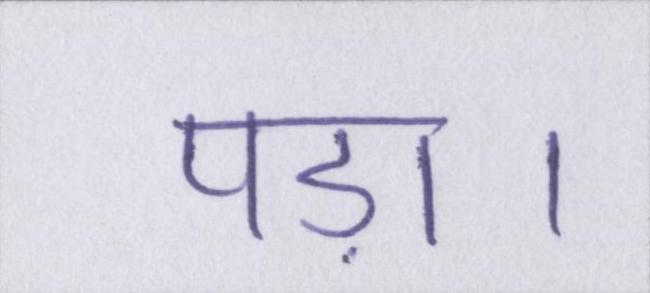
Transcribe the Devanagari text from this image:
पड़ा।